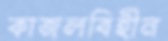
কাজলবিহীন